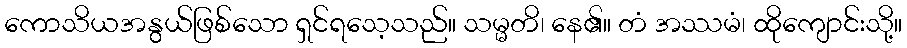
ကောသိယအနွယ်ဖြစ်သော ရှင်ရသေ့သည်။ သမ္မတိ၊ နေ၏။ တံ အဿမံ၊ ထိုကျောင်းသို့။